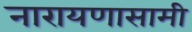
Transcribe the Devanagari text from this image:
नारायणासामी